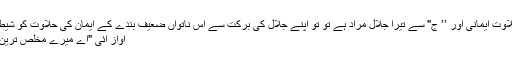
’’ ح" سے اگر میری حلاوت ایمانی اور ’’ ج" سے تیرا جلال مراد ہے تو تو اپنے جلال کی برکت سے اس ناتواں ضعیف بندے کے ایمان کی حلاوت کو شیطان سے محفوظ رکھنا‘‘
آواز آئی "اے میرے مخلص ترین عاشق و صادق بندے !